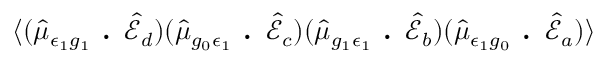
\langle ( \hat { \mu } _ { \epsilon _ { 1 } g _ { 1 } } \textbf { . } \hat { \mathcal { E } } _ { d } ) ( \hat { \mu } _ { g _ { 0 } \epsilon _ { 1 } } \textbf { . } \hat { \mathcal { E } } _ { c } ) ( \hat { \mu } _ { g _ { 1 } \epsilon _ { 1 } } \textbf { . } \hat { \mathcal { E } } _ { b } ) ( \hat { \mu } _ { \epsilon _ { 1 } g _ { 0 } } \textbf { . } \hat { \mathcal { E } } _ { a } ) \rangle